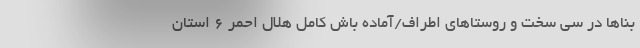
بناها در سی سخت و روستاهای اطراف/آماده باش کامل هلال احمر 6 استان